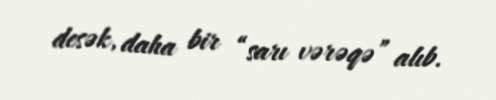
desək, daha bir “sarı vərəqə” alıb.